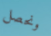
ونحصل